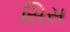
સિસ